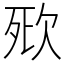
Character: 㰷